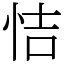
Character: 恄